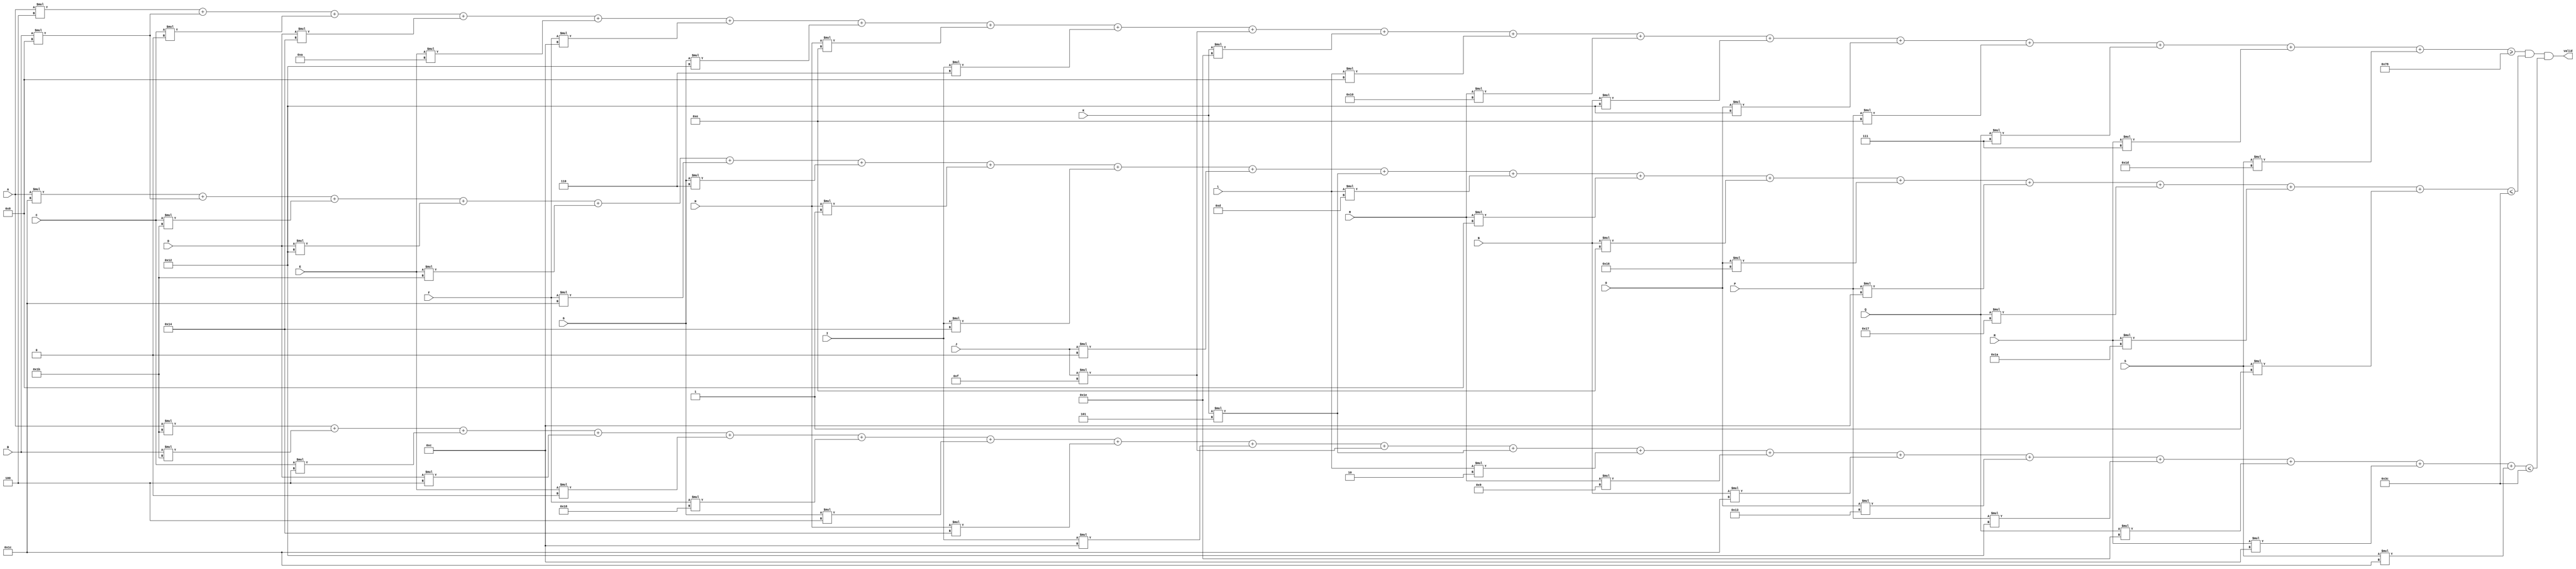
module var19_multi (A, B, C, D, E, F, G, H, I, J, K, L, M, N, O, P, Q, R, S, valid);
    input A, B, C, D, E, F, G, H, I, J, K, L, M, N, O, P, Q, R, S;
    output valid;

    wire [8:0] min_value = 9'd120;
    wire [8:0] max_weight = 9'd60;
    wire [8:0] max_volume = 9'd60;
wire [8:0]  total_value = 
        A * 9'd4
      + B * 9'd8
      + C * 9'd0
      + D * 9'd20
      + E * 9'd10
      + F * 9'd12
      + G * 9'd18
      + H * 9'd14
      + I * 9'd6
      + J * 9'd15
      + K * 9'd30
      + L * 9'd8
      + M * 9'd16
      + N * 9'd18
      + O * 9'd18
      + P * 9'd14
      + Q * 9'd7
      + R * 9'd7
      + S * 9'd29;

    wire [8:0]  total_weight = 
        A * 9'd28
      + B * 9'd8
      + C * 9'd27
      + D * 9'd18
      + E * 9'd27
      + F * 9'd28
      + G * 9'd6
      + H * 9'd1
      + I * 9'd20
      + J * 9'd0
      + K * 9'd5
      + L * 9'd13
      + M * 9'd8
      + N * 9'd14
      + O * 9'd22
      + P * 9'd12
      + Q * 9'd23
      + R * 9'd26
      + S * 9'd1;

    wire [8:0]  total_volume = 
        A * 9'd27
      + B * 9'd27
      + C * 9'd4
      + D * 9'd4
      + E * 9'd0
      + F * 9'd24
      + G * 9'd4
      + H * 9'd20
      + I * 9'd12
      + J * 9'd15
      + K * 9'd5
      + L * 9'd2
      + M * 9'd9
      + N * 9'd28
      + O * 9'd19
      + P * 9'd18
      + Q * 9'd30
      + R * 9'd12
      + S * 9'd28;

assign valid = ((total_value >= min_value) && (total_weight <= max_weight) && (total_volume <= max_volume));
endmodule